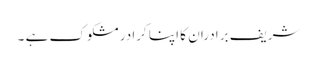
شریف برادران کا اپنا کرادر مشکوک ہے ۔